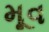
મૂવ